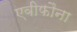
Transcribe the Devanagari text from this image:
एवीफौना